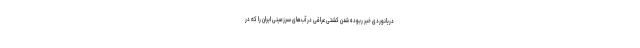
دریانوردی خبر ربوده شدن کشتی عراقی در آب‌های سرزمینی ایران را که در